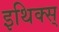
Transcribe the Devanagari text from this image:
इथिक्स्